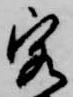
客